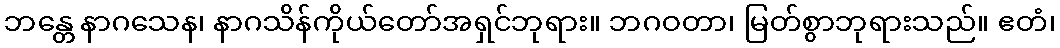
ဘန္တေ နာဂသေန၊ နာဂသိန်ကိုယ်တော်အရှင်ဘုရား။ ဘဂဝတာ၊ မြတ်စွာဘုရားသည်။ ဧတံ၊